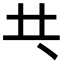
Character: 𠀖